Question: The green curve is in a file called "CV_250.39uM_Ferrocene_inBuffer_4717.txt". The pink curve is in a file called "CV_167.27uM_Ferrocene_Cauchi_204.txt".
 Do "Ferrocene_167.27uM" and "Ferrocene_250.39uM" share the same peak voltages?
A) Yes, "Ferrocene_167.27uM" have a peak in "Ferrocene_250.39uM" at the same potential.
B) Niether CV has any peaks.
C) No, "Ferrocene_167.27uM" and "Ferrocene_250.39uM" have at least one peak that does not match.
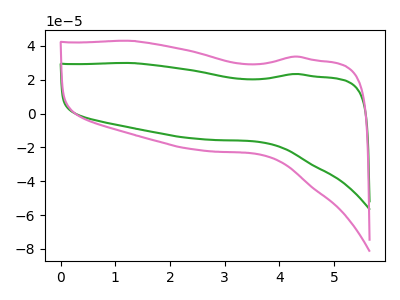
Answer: <think>The green curve "Ferrocene_250.39uM" has no peaks. The pink curve "Ferrocene_167.27uM" has no peaks.</think>
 <answer>B) Niether CV has any peaks.</answer>
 <eval>B</eval>